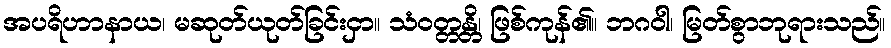
အပရိဟာနာယ၊ မဆုတ်ယုတ်ခြင်းငှာ။ သံဝတ္တန္တိ၊ ဖြစ်ကုန်၏။ ဘဂဝါ၊ မြတ်စွာဘုရားသည်။